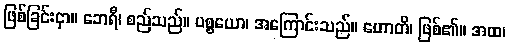
ဖြစ်ခြင်းငှာ။ ဘေရီ၊ စည်သည်။ ပစ္စယော၊ အကြောင်းသည်။ ဟောတိ၊ ဖြစ်၏။ အထ၊